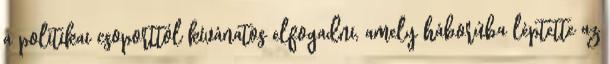
a politikai csoporttól kívánatos elfogadni, amely háborúba léptette az